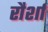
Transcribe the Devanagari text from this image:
रौर्शा